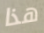
هذا